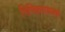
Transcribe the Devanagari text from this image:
निष्क्रियावस्था